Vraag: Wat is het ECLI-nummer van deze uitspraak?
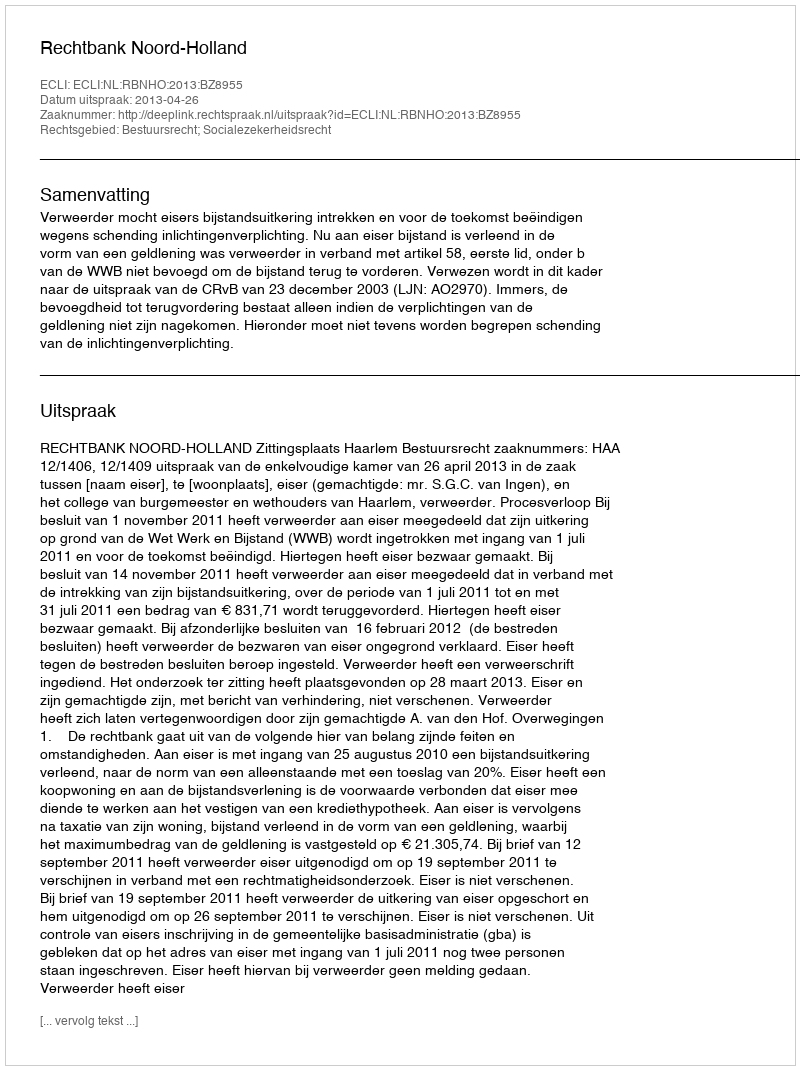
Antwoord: ECLI:NL:RBNHO:2013:BZ8955